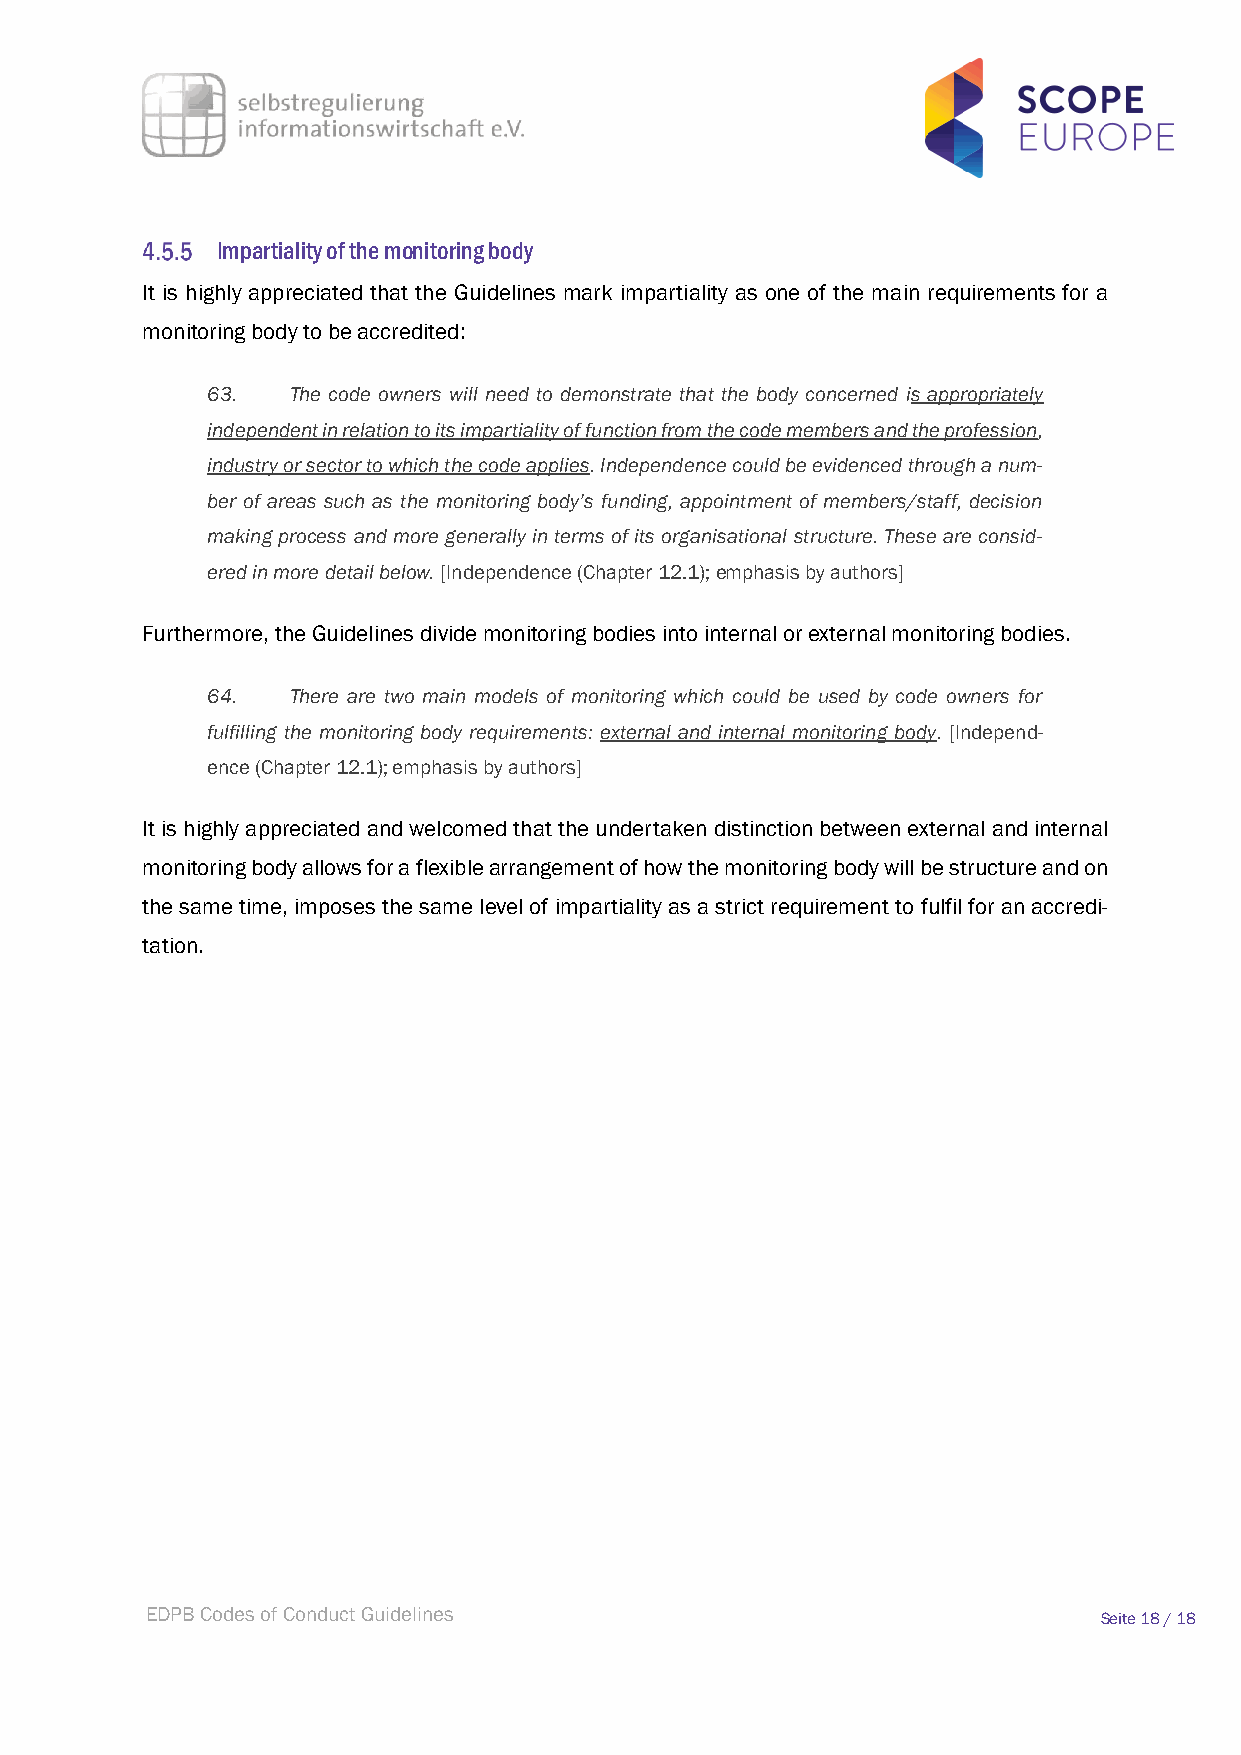
Impartiality of the monitoring body
 It is highly appreciated that the Guidelines mark impartiality as one of the main requirements for a
 monitoring body to be accredited:
 63.  The code owners will need to demonstrate that the body concerned is appropriately
 independent in relation to its impartiality of function from the code members and the profession,
 industry or sector to which the code applies. Independence could be evidenced through a num-
 ber of areas such as the monitoring body’s funding, appointment of members/staff, decision
 making process and more generally in terms of its organisational structure. These are consid-
 ered in more detail below. [Independence (Chapter 12.1); emphasis by authors]
 Furthermore, the Guidelines divide monitoring bodies into internal or external monitoring bodies.
 64.  There are two main models of monitoring which could be used by code owners for
 fulfilling the monitoring body requirements: external and internal monitoring body. [Independ-
 ence (Chapter 12.1); emphasis by authors]
 It is highly appreciated and welcomed that the undertaken distinction between external and internal
 monitoring body allows for a flexible arrangement of how the monitoring body will be structure and on
 the same time, imposes the same level of impartiality as a strict requirement to fulfil for an accredi-
 tation.
 EDPB Codes of Conduct Guidelines                               Seite 18 / 18